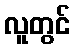
လူတွင်